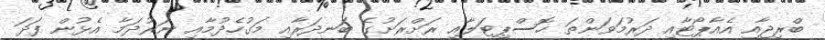
ބްރިޖާއި އެއާޕޯޓާއި ދަރުމަވަންތަ ހޮސްޕިޓަލާއި ރަށްރަށުގެ ބަނދަރާއި މަގުހެދުމާއި ނަރުދަމާ އެޅުން ފަދަ